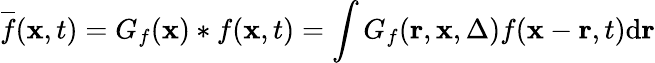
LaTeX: \overline{{f}}(\mathbf{x},t)=G_{f}(\mathbf{x})*f(\mathbf{x},t)=\int G_{f}(\mathbf{r},\mathbf{x},\Delta)f(\mathbf{x}-\mathbf{r},t)\mathrm{d}\mathbf{r}